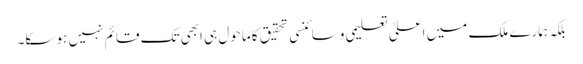
بلکہ ہمارے ملک میں اعلیٰ تعلیمی وسائنسی تحقیق کا ماحول ہی ابھی تک قائم نہیں ہو سکا۔